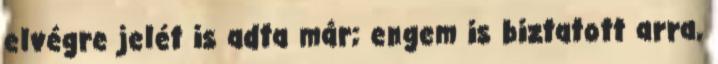
elvégre jelét is adta már; engem is biztatott arra,